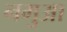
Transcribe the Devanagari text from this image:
नमुआ